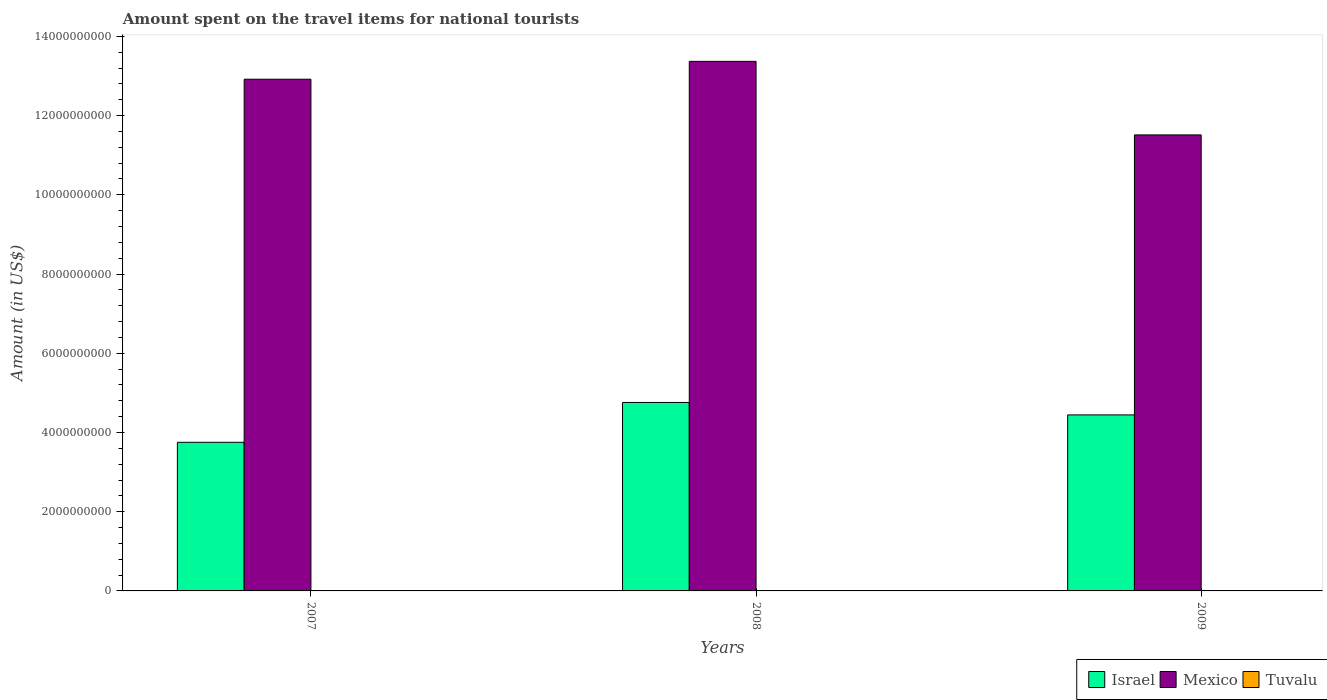
| Years | Israel | Mexico | Tuvalu |
 | --- | --- | --- | --- |
 | 2007 | 3.75e+09 | 1.29e+10 | 1.51e+06 |
 | 2008 | 4.76e+09 | 1.34e+10 | 1.87e+06 |
 | 2009 | 4.44e+09 | 1.15e+10 | 1.53e+06 |